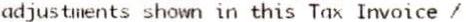
ADJUSTMENTS SHOWN IN THIS TAX INVOICE /